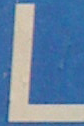
L